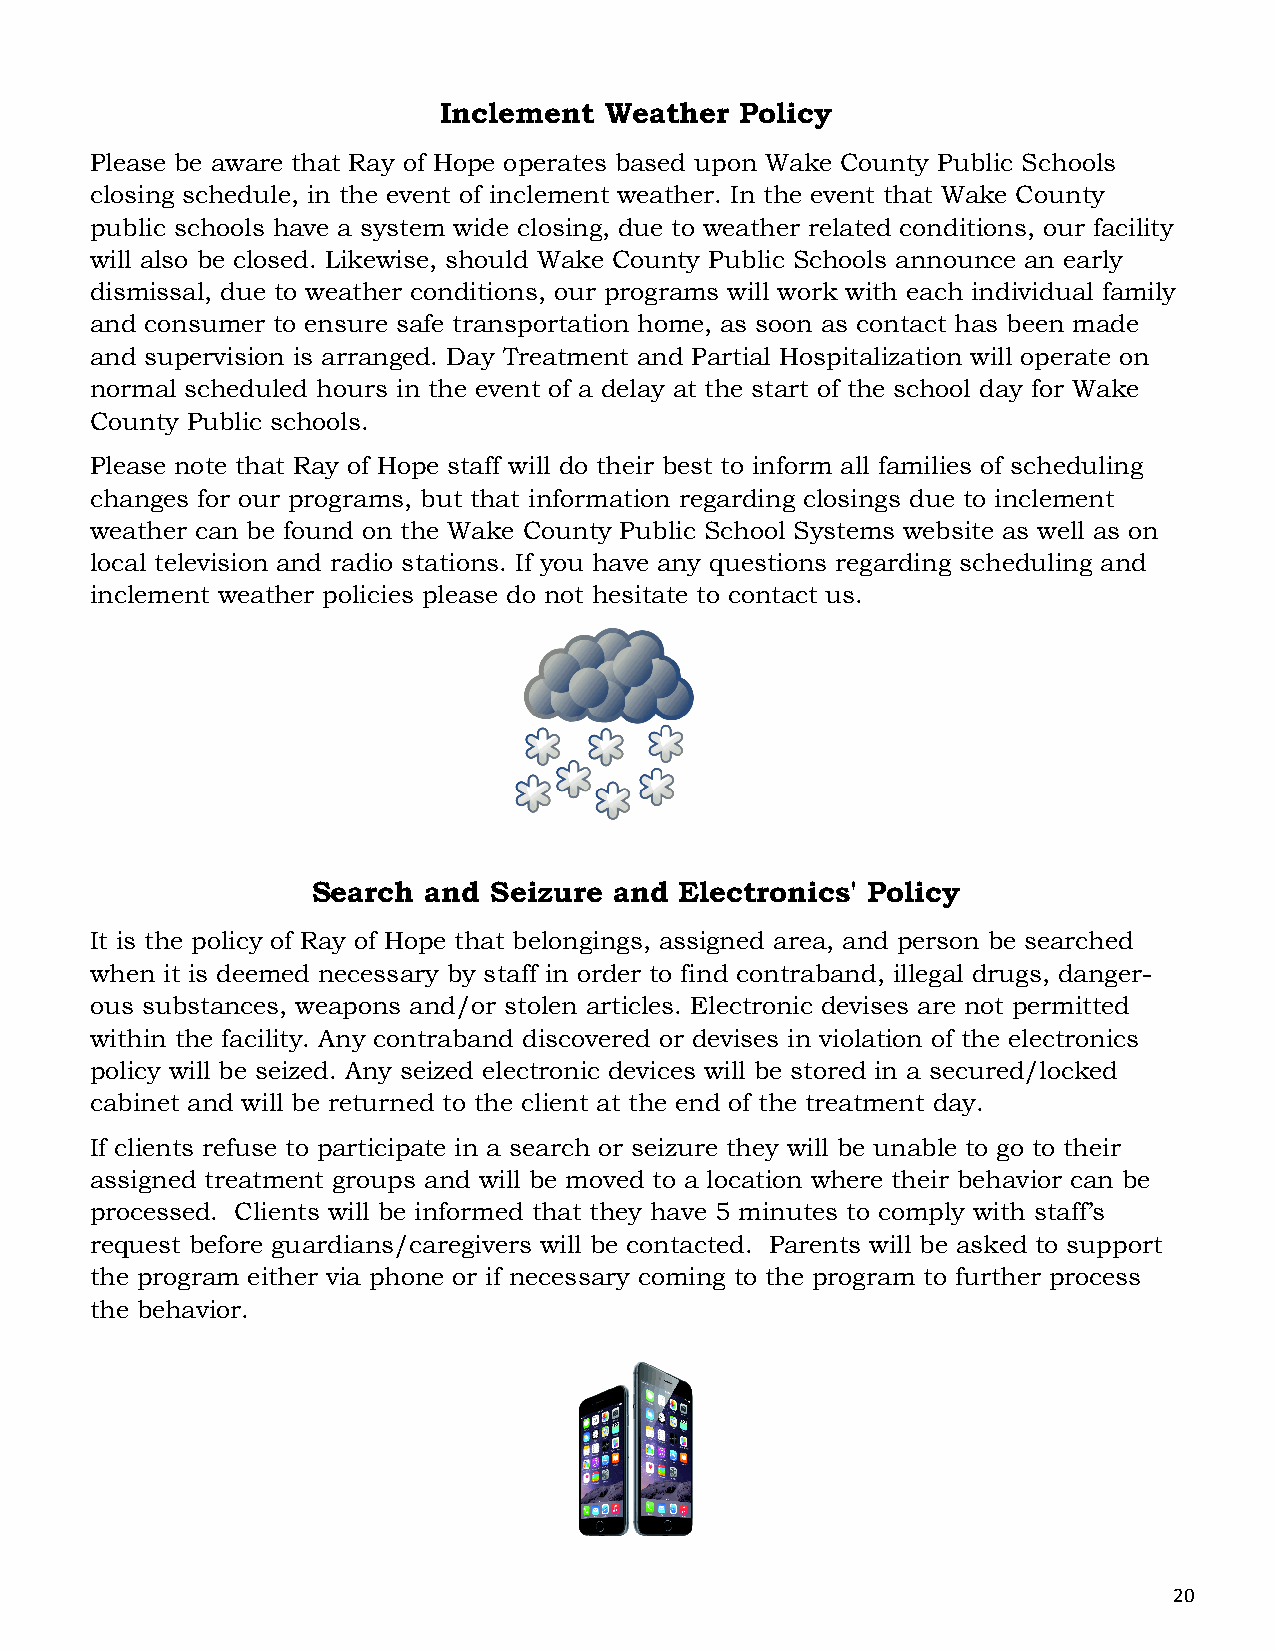
Inclement  Weather  Policy
 Please be aware that Ray of Hope operates based upon Wake County Public Schools
 closing schedule, in the event of inclement weather. In the event that Wake County
 public schools have a system wide closing, due to weather related conditions, our facility
 will also be closed. Likewise, should Wake County Public Schools announce an early
 dismissal, due to weather conditions, our programs will work with each individual family
 and consumer to ensure safe transportation home, as soon as contact has been made
 and supervision is arranged. Day Treatment and Partial Hospitalization will operate on
 normal scheduled hours in the event of a delay at the start of the school day for Wake
 County Public schools.
 Please note that Ray of Hope staff will do their best to inform all families of scheduling
 changes for our programs, but that information regarding closings due to inclement
 weather can be found on the Wake County Public School Systems website as well as on
 local television and radio stations. If you have any questions regarding scheduling and
 inclement weather policies please do not hesitate to contact us.
 Search and Seizure  and Electronics' Policy
 It is the policy of Ray of Hope that belongings, assigned area, and person be searched
 when it is deemed necessary by staff in order to find contraband, illegal drugs, danger-
 ous substances, weapons and/or stolen articles. Electronic devises are not permitted
 within the facility. Any contraband discovered or devises in violation of the electronics
 policy will be seized. Any seized electronic devices will be stored in a secured/locked
 cabinet and will be returned to the client at the end of the treatment day.
 If clients refuse to participate in a search or seizure they will be unable to go to their
 assigned treatment groups and will be moved to a location where their behavior can be
 processed. Clients will be informed that they have 5 minutes to comply with staff’s
 request before guardians/caregivers will be contacted. Parents will be asked to support
 the program either via phone or if necessary coming to the program to further process
 the behavior.
 20